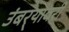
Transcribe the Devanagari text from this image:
उंबर्‍यावरी